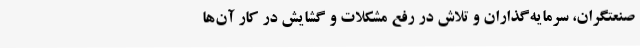
صنعتگران، سرمایه‌گذاران و تلاش در رفع مشکلات و گشایش در کار آن‌ها